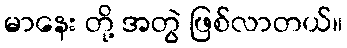
မာနေး တို့ အတွဲ ဖြစ်လာတယ်။